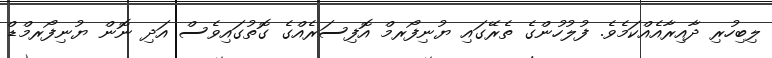
ލިބިހުރި ދާއިރާއެއްކަމެވެ. ފުލުހުންގެ ތެރޭގައި ޔުނިފޯރމް އޮފިސަރެއްގެ ގޮތުގައިވެސް އަދި ނޮން ޔުނިފޯރމްޑް